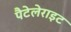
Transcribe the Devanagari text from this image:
पैटेलेराइट